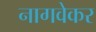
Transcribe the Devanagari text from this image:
नागवेकर